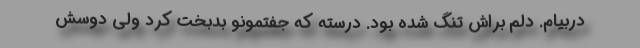
دربیام. دلم براش تنگ شده بود. درسته که جفتمونو بدبخت کرد ولی دوسش